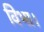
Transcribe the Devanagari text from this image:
विभा।